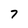
Character: 7